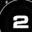
Digit: 2